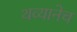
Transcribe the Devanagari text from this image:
थव्यानेच